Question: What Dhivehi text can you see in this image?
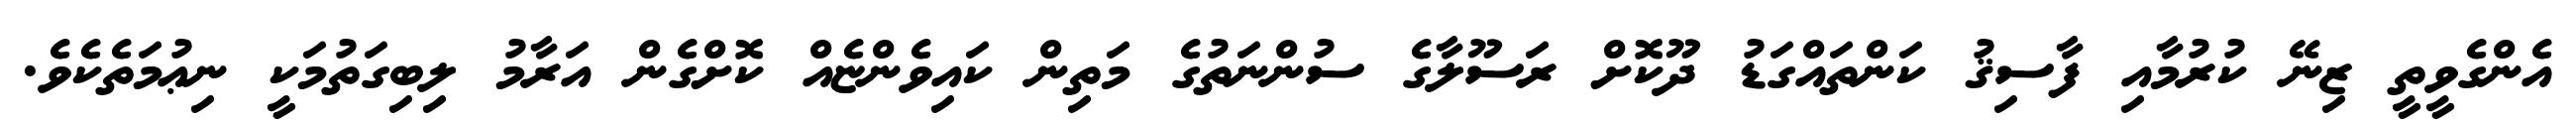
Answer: އެންގެވީތީ ޒިނޭ ކުރުމާއި ފާސިޤު ކަންތައްގަޑު ދޫކޮށް ރަސޫލާގެ ސުންނަތުގެ މަތިން ކައިވެންޏެއް ކޮށްގެން އަރާމު ލިބިގަތުމަކީ ނިޢުމަތެކެވެ.